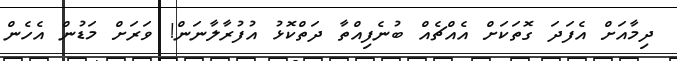
ދިމާއަށް އެފަދަ ގޮތަކަށް އެއްޗެއް ބުނެފިއްތާ ދަތްކޮޅު އުފުރާލާނަން! ވަރަށް މަޑުން އެހެން